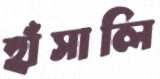
হাঁসালি